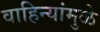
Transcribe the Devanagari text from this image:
वाहिन्यांमुळे